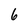
Character: 6